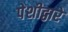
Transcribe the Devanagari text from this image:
पेशीद्वारे